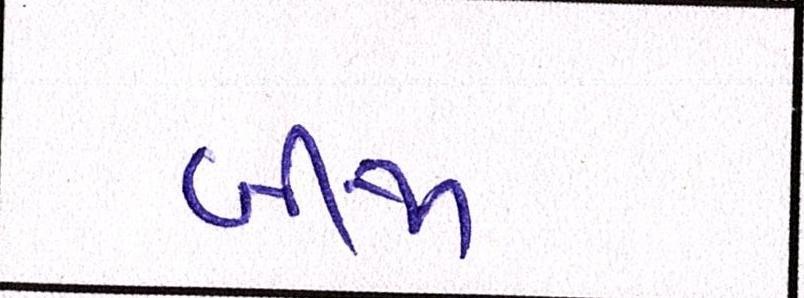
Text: બીજાં